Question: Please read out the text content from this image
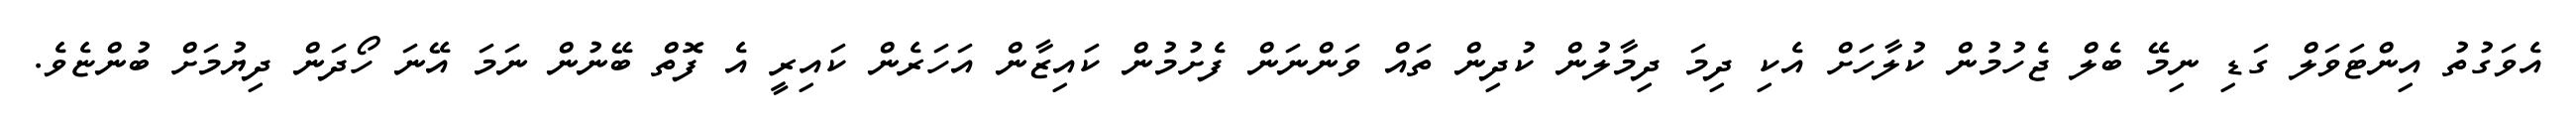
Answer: އެވަގުތު އިންޓަވަލް ގަޑި ނިމޭ ބެލް ޖެހުމުން ކުލާހަށް އެކި ދިމަ ދިމާލުން ކުދިން ތައް ވަންނަން ފެށުމުން ކައިޒާން އަހަރެން ކައިރީ އެ ފޮތް ބޭނުން ނަމަ އޭނަ ހޯދަން ދިޔުމަށް ބުންޏެވެ.